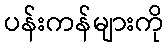
ပန်းကန်များကို